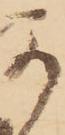
可